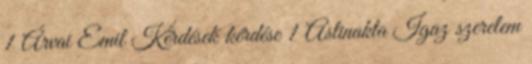
1 Árvai Emil Kérdések kérdése 1 Aslinakta Igaz szerelem